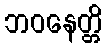
ဘဝနေတ္တိ